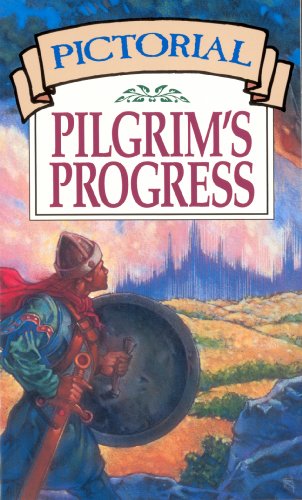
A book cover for Pictorial Pilgrim's Progress; John Bunyan; Christian Books & Bibles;